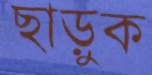
ছাড়ুক